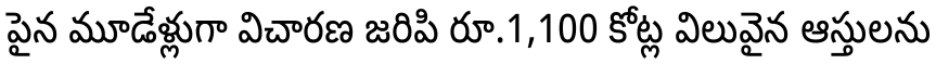
పైన మూడేళ్లుగా విచారణ జరిపి రూ.1,100 కోట్ల విలువైన ఆస్తులను